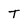
Character: T